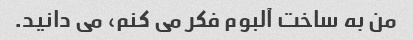
من به ساخت آلبوم فکر می کنم، می دانید.